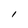
Character: l